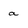
Character: a